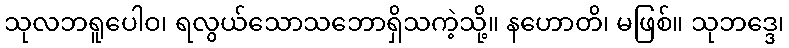
သုလဘရူပေါဝ၊ ရလွယ်သောသဘောရှိသကဲ့သို့။ နဟောတိ၊ မဖြစ်။ သုဘဒ္ဒေ၊